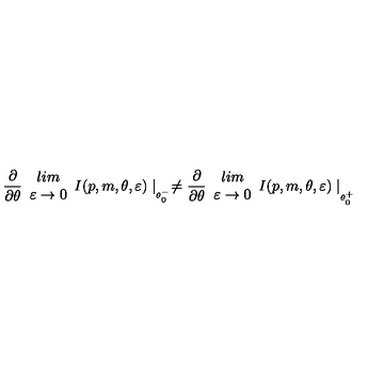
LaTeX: \frac { \partial } { \partial \theta } \begin{array} { c } { l i m } \\ { \varepsilon \rightarrow 0 } \\ \end{array} I ( p , m , \theta , \varepsilon ) \mid _ { _ { \theta _ { 0 } ^ { - } } } \neq \frac { \partial } { \partial \theta } \begin{array} { c } { l i m } \\ { \varepsilon \rightarrow 0 } \\ \end{array} I ( p , m , \theta , \varepsilon ) \mid _ { _ { _ { \theta _ { 0 } ^ { + } } } }